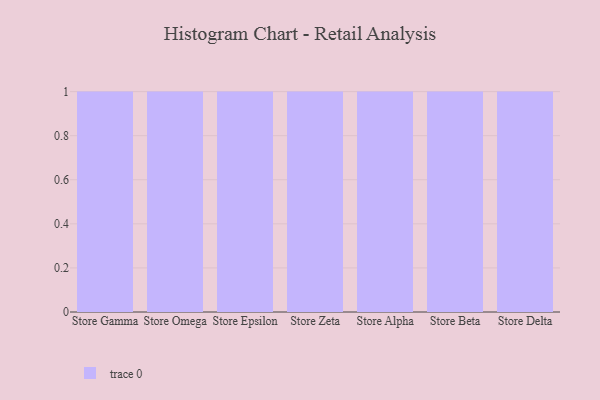
{"axis": {"x": "Store", "y": "Net Income (USD K)"}, "legend": [""], "data": [{"x": "Store Gamma", "y": 81, "type": ""}, {"x": "Store Omega", "y": 75, "type": ""}, {"x": "Store Epsilon", "y": 64, "type": ""}, {"x": "Store Zeta", "y": 80, "type": ""}, {"x": "Store Alpha", "y": 40, "type": ""}, {"x": "Store Beta", "y": 3, "type": ""}, {"x": "Store Delta", "y": 48, "type": ""}]}